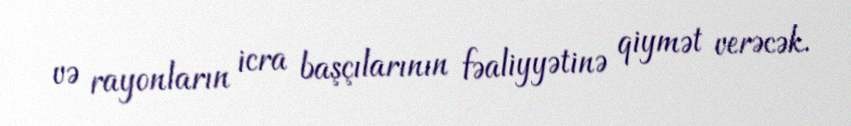
və rayonların icra başçılarının fəaliyyətinə qiymət verəcək.